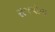
રાજયોના